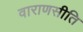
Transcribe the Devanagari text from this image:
वाराणसीति